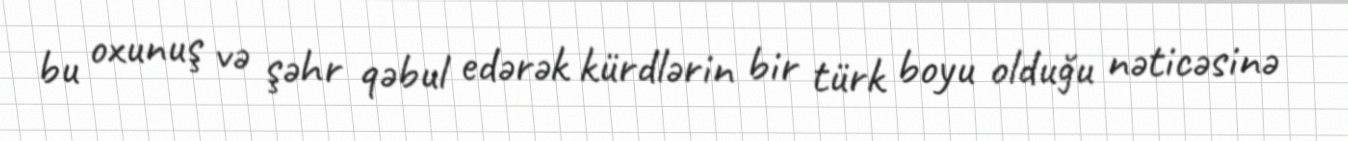
bu oxunuş və şəhr qəbul edərək kürdlərin bir türk boyu olduğu nəticəsinə